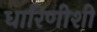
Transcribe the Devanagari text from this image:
धारिणीशी